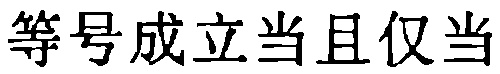
等号成立当且仅当